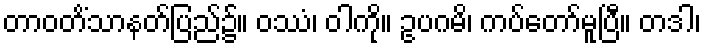
တာဝတိံသာနတ်ပြည်၌။ ဝဿံ၊ ဝါကို။ ဥပဂမိ၊ ကပ်တော်မူပြီ။ တဒါ၊